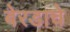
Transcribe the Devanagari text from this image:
बेरडाचे